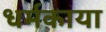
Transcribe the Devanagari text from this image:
धर्मकाया